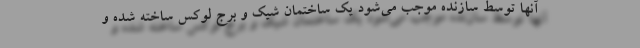
آنها توسط سازنده موجب می‌شود یک ساختمان شیک و برج لوکس ساخته شده و